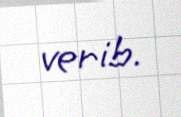
verib.